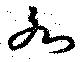
水